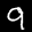
Digit: 9